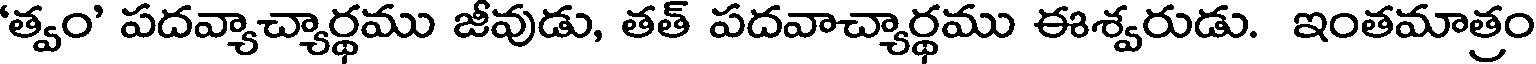
'త్వం' పదవ్యాచ్యార్థము జీవుడు, తత్ పదవాచ్యార్థము ఈశ్వరుడు. ఇంతమాత్రం